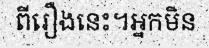
ពីរឿងនេះ។អ្នកមិន